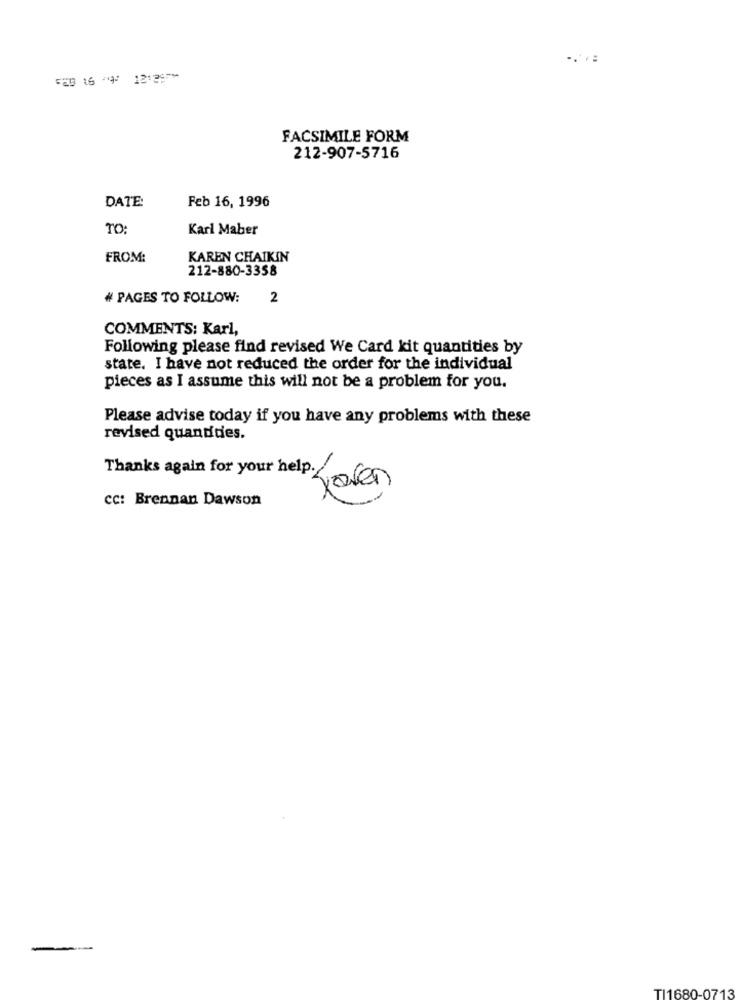
...:
FEB 16 79/ 12:29-
FACSIMILE FORM
212-907-5716
DATE:
Feb 16, 1996
TO:
Karl Maber
FROM:
KAREN CHAIKIN
212-880-3358
# PAGES TO FOLLOW:
2
COMMENTS: Karl,
Following please find revised We Card kit quantities by
state. I have not reduced the order for the individual
pieces as I assume this will not be a problem for you.
Please advise today if you have any problems with these
revised quandides.
Thanks again for your help.
Josen
CC: Brennan Dawson
TI1680-0713